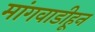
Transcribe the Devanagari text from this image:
मांगवाडीहून